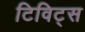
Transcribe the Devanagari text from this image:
टिविट्स